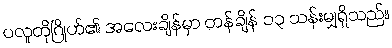
ပလူတိုဂြိုဟ်၏ အလေးချိန်မှာ တန်ချိန် ၁၃ သန်းမျှရှိသည်။